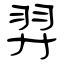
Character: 羿